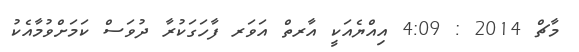
މާޗް 2014 : 4:09 އިއްޔެއަކީ އާރތް އަވަރ ފާހަގަކުރާ ދުވަސް ކަމަށްވުމާއެކު